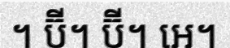
។ ប៊ី។ ប៊ី។ អេ។